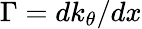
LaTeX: \Gamma=dk_{\theta}/dx